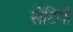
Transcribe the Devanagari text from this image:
सेटियो